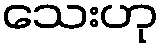
သေးဟု